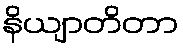
နိယျာတိတာ